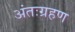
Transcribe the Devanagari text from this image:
अंतःग्रहण